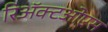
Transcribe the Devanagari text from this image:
रिॲक्टओएस